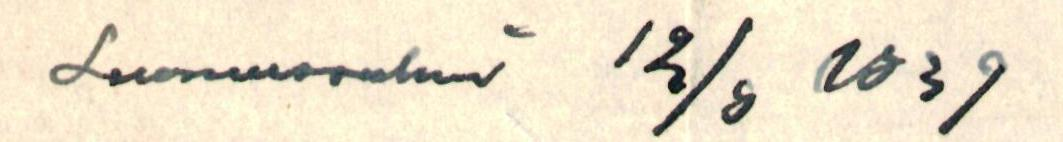
Suomussalmi 12/8 1939